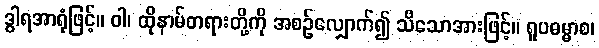
ဒွါရအာရုံဖြင့်။ ဝါ၊ ထိုနာမ်တရားတို့ကို အစဉ်လျှောက်၍ သိသောအားဖြင့်။ ရူပဓမ္မာစ၊